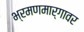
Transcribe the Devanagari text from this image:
भ्रमणमार्गावर